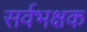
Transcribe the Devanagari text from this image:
सर्वभक्षक